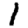
Digit: 1